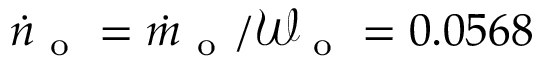
\dot { n } _ { \mathrm { ~ o ~ } } = \dot { m } _ { \mathrm { ~ o ~ } } / \mathcal { W } _ { \mathrm { ~ o ~ } } = 0 . 0 5 6 8